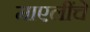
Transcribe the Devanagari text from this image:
माएलींचे